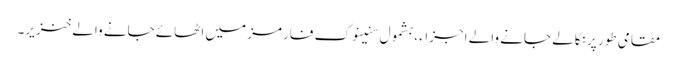
مقامی طور پر نکالے جانے والے اجزاء ، بشمول سنینوک فارمز میں اٹھائے جانے والے خنزیر۔